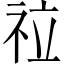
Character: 𥘸